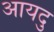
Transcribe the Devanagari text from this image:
आयदु